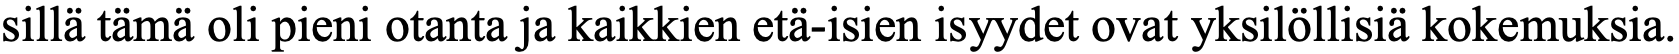
sillä tämä oli pieni otanta ja kaikkien etä-isien isyydet ovat yksilöllisiä kokemuksia.